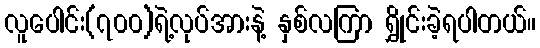
လူပေါင်း(၇၀၀)ရဲ့လုပ်အားနဲ့ နှစ်လကြာ ရွှိုင်းခဲ့ရပါတယ်။